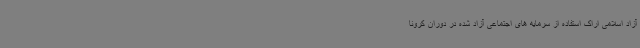
آزاد اسلامی اراک استفاده از سرمایه های اجتماعی آزاد شده در دوران کرونا